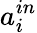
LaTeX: a_{i}^{in}